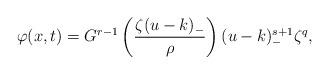
LaTeX: \begin{align*} \varphi(x,t) = G^{r-1}\left(\frac{\zeta (u-k)_{-}}{\rho}\right)(u-k)_{-}^{s+1}\zeta^{q}, \end{align*}